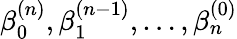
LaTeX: \beta_{0}^{(n)},\beta_{1}^{(n-1)},\ldots,\beta_{n}^{(0)}